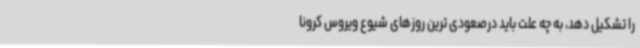
را تشکیل دهد، به چه علت باید درصعودی ترین روزهای شیوع ویروس کرونا